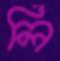
লি